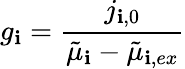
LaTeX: g_{\mathbf{i}}=\frac{{j_{\mathbf{i},0}}}{{\tilde{{\mu}}_{\mathbf{i}}-\tilde{{\mu}}_{\mathbf{i},ex}}}